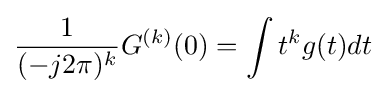
{\frac {1}{(-j2\pi )^{k}}}G^{(k)}(0)=\int t^{k}g(t)dt